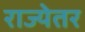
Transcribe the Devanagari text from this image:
राज्येतर